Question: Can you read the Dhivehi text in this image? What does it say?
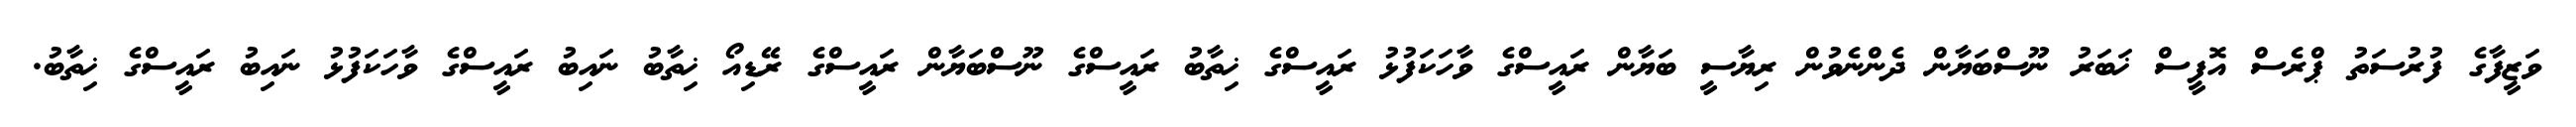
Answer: ވަޒީފާގެ ފުރުސަތު ޕްރެސް އޮފީސް ޚަބަރު ނޫސްބަޔާން ދެންނެވުން ރިޔާސީ ބަޔާން ރައީސްގެ ވާހަކަފުޅު ރައީސްގެ ޚިތާބު ރައީސްގެ ނޫސްބަޔާން ރައީސްގެ ރޭޑިއޯ ޚިތާބު ނައިބު ރައީސްގެ ވާހަކަފުޅު ނައިބު ރައީސްގެ ޚިތާބު.